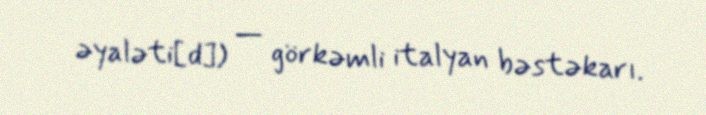
əyaləti[d]) — görkəmli italyan bəstəkarı.